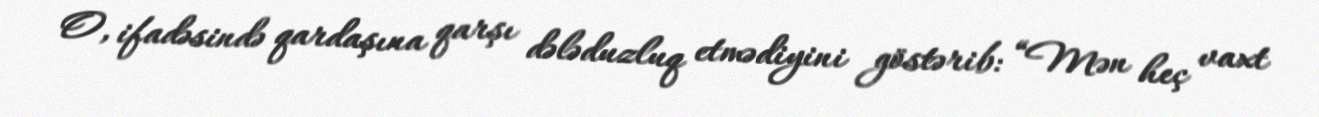
O, ifadəsində qardaşına qarşı dələduzluq etmədiyini göstərib: “Mən heç vaxt